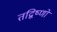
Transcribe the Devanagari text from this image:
तद्विष्णो